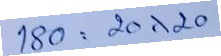
180 = 20x20